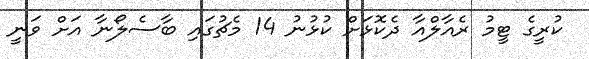
ކުރީގެ ޓީމު ރެއާލްއާ ދެކޮޅަށް ކުޅުނު 14 މެޗުގައި ބާސެލޯނާ އަށް ވަނީ